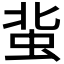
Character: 𧉥